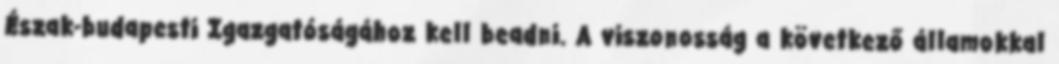
Észak-budapesti Igazgatóságához kell beadni. A viszonosság a következő államokkal